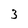
Character: 3